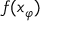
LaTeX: f ( x _ { \varphi } )